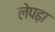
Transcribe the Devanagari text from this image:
लेपढ़ा